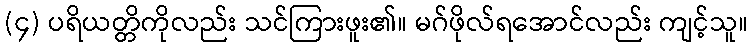
(၄) ပရိယတ္တိကိုလည်း သင်ကြားဖူး၏။ မဂ်ဖိုလ်ရအောင်လည်း ကျင့်သူ။